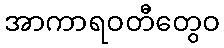
အာကာရဝတီတွေဝ